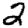
Digit: 2